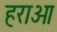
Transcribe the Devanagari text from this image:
हराओ